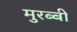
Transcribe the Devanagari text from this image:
मुरब्बी